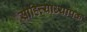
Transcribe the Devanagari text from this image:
साहित्याध्यापक